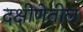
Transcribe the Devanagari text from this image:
दक्षीणेतील